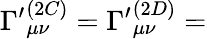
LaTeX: \Gamma^{\prime}{}_{\mu\nu}^{(2C)}=\Gamma^{\prime}{}_{\mu\nu}^{(2D)}=